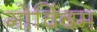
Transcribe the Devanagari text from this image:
गोविंदम